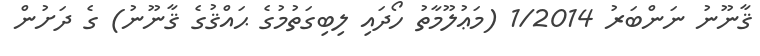
ޤާނޫނު ނަންބަރު 1/2014 (މަޢުލޫމާތު ހޯދައި ލިބިގަތުމުގެ ޙައްޤުގެ ޤާނޫނު) ގެ ދަށުން